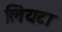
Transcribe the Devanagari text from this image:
लियटा